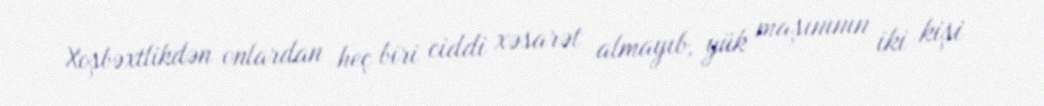
Xoşbəxtlikdən onlardan heç biri ciddi xəsarət almayıb, yük maşınının iki kişi